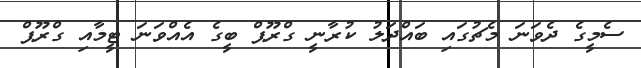
ސެމީގެ ދެވަނަ މެޗުގައި ބައްދަލު ކުރާނީ ގްރޫޕް ބީގެ އެއްވަނަ ޓީމާއި ގްރޫޕް